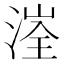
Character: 𰜤